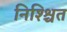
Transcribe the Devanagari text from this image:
निश्श्चित